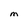
Character: M